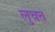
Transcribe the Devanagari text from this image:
लुघत